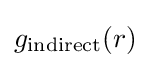
g_{\rm {indirect}}(r)